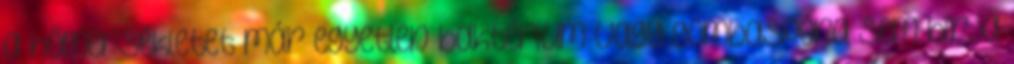
a hőmérsékletet már egyetlen baktérium vagy gombaspóra sem bírja